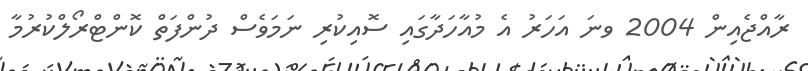
ރާއްޖެއިން 2004 ވނަ އަހަރު އެ މުއާހަދާގައި ސޮއިކުރި ނަމަވެސް ދުންފަތް ކޮންޓްރޯލްކުރުމާ